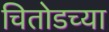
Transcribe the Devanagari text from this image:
चितोडच्या